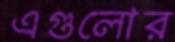
এগুলোর